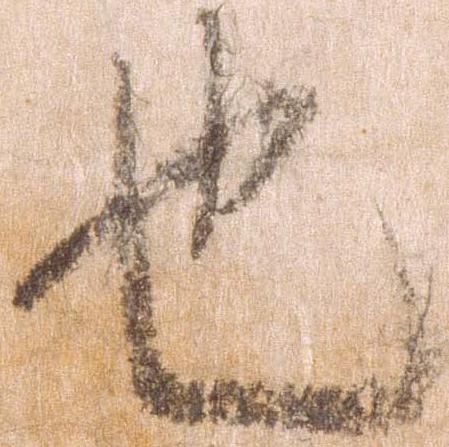
也